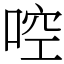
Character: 啌